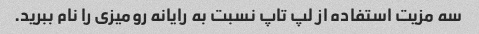
سه مزیت استفاده از لپ تاپ نسبت به رایانه رومیزی را نام ببرید.